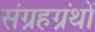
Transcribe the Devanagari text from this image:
संग्रहग्रंथों